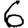
Digit: 6